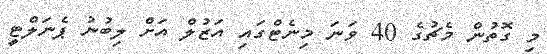
މި ގޮތުން މެޗުގެ 40 ވަނަ މިނެޓްގައި އަޒުލް އަށް ލިބުނު ޕެނަލްޓީ